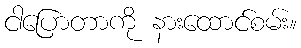
ငါပြောတာကို နားထောင်စမ်း။